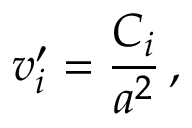
{ v _ { i } ^ { \prime } } = \frac { C _ { i } } { a ^ { 2 } } \, ,